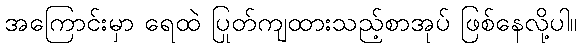
အကြောင်းမှာ ရေထဲ ပြုတ်ကျထားသည့်စာအုပ် ဖြစ်နေလို့ပါ။